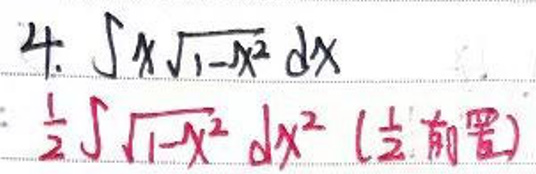
$4.\int x\sqrt{1 - x^{2}}dx\\\frac{1}{2}\int\sqrt{1 - x^{2}}dx^{2}(\text{前置})$